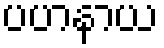
ပဟနာယ